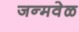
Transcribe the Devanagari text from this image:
जन्मवेळ